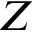
Z